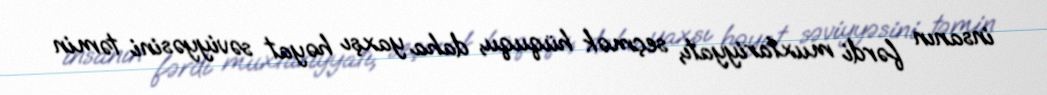
insanın fərdi muxtariyyatı, seçmək hüququ, daha yaxşı həyat səviyyəsini təmin